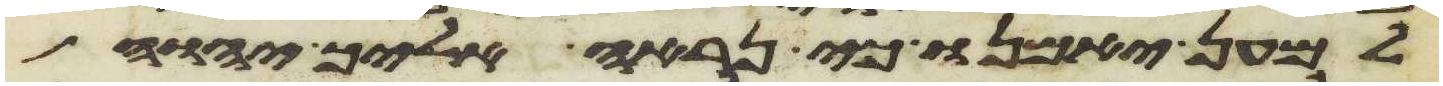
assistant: למען יאמנו כי נראה אליך יהוה